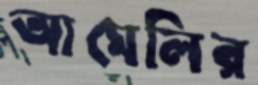
আমেলির